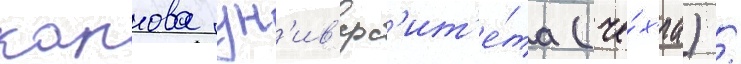
карлова ун'ив'ерс'ит'е́та (че́х'иа) /